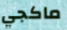
ماكجي